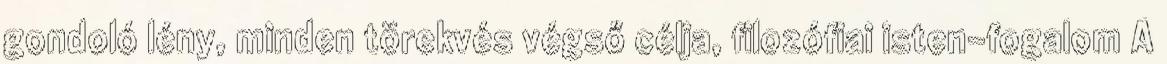
gondoló lény, minden törekvés végső célja, filozófiai isten-fogalom A